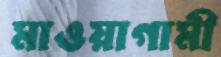
মাওয়াগামী